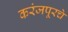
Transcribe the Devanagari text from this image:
करंजपूरचे